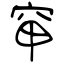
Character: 䆘